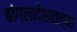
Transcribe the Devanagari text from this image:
बांग्लादेशातल्या